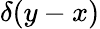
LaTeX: \delta(y-x)